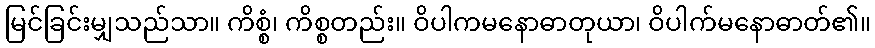
မြင်ခြင်းမျှသည်သာ။ ကိစ္စံ၊ ကိစ္စတည်း။ ဝိပါကမနောဓာတုယာ၊ ဝိပါက်မနောဓာတ်၏။